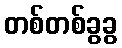
တစ်တစ်ခွခွ